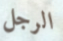
الرجل